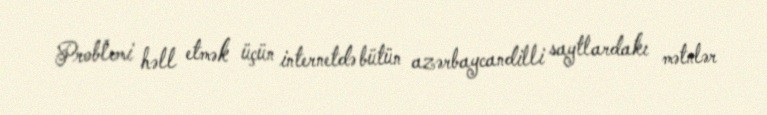
Problemi həll etmək üçün internetdə bütün azərbaycandilli saytlardakı mətnlər